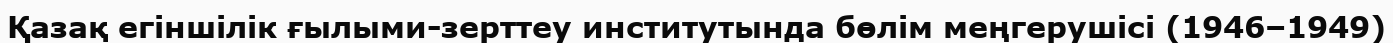
Қазақ егіншілік ғылыми-зерттеу институтында бөлім меңгерушісі (1946–1949)